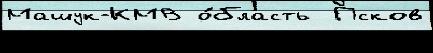
Машук-КМВ о́бласть  Псков